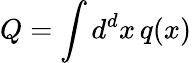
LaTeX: Q=\int d^{d}x\, q(x)